Annual report of the Punjab Veterinary College and of the Civil Veterinary Department, Punjab - 1894-1908
Year: 1894
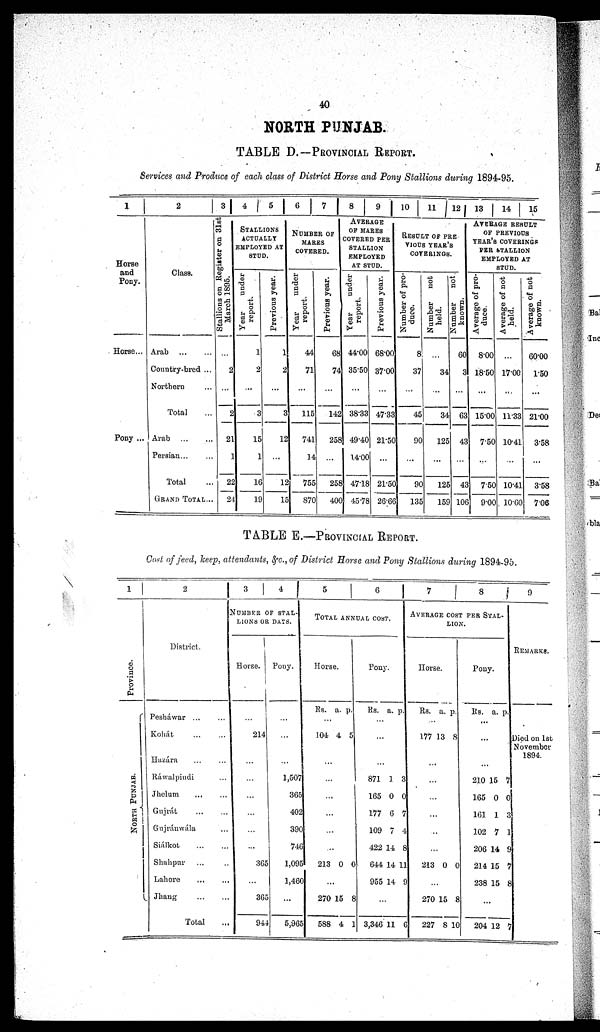
40
NORTH PUNJAB.
TABLE D.—PROVINCIAL REPORT.
Services and Produce of each class of District Horse and Pony Stallions during 1894-95.
1
Horse
and
Pony.
Horse...
Pony ...
2
Class.
Arab
...
...
Country-bred ...
Northern ...
Total ...
Arab ... ...
Persian ... ...
Total ...
GRAND TOTAL ...
3
Stallions on Register on 31st
March 1895.
...
2
...
2
21
1
22
24
4 5
STALLIONS
ACTUALLY
EMPLOYED AT
STUD.
Year
under
report.
1
2
...
3
15
1
16
19
Previous year.
1
2
...
3
12
...
12
15
6 7
NUMBER OF
MARES
COVERED.
Year
under
report.
44
71
...
115
741
14
755
870
Previous year.
68
74
...
142
258
...
258
400
8
9
AVERAGE
OF MARES
COVERED PER
STALLION
EMPLOYED
AT STUD.
Year
under
report.
44.00
35.50
...
38.33
49.40
14.00
47.18
45.78
Previous year.
68.00
37.00
...
47.33
21.50
...
21.50
26.66
10
11 12
RESULT OF PER
VIOUS YEAR'S
COVERINGS.
Number of pro-
duce.
8
37
...
45
90
...
90
135
Number
not
held.
...
34
...
34
125
...
125
159
Number
not
known.
60
3
...
63
43
...
43
106
13
14
15
AVERAGE RESULT
OF PREVIOUS
YEAR'S COVERINGS
PER STALLION
EMPLOYED AT
STUD.
Average of pro-
duce.
8.00
18.50
...
15.00
7.50
...
7.50
9.00
Average of not
held.
...
17.00
...
11.33
10.41
...
10.41
10.60
Average of not
known.
60.00
1.50
...
21.00
3.58
...
3.58
7.06
TABLE E.—PROVINCIAL REPORT.
Cost of feed, keep, attendants, &c., of District Horse and Pony Stallions during 1894-95.
1
Province.
NORTH PUNJ AB.
2.
District.
Peshawar ... ...
Kohát
...
...
Hazára ... ...
Rawalpindi ...
Jhelum
...
...
Gujrát
...
...
Gnjránwála ...
Siálkot
...
...
Shahpur ... ...
Lahore
Jhang ... ...
Total
3
4
NUNBER OF STAL-
LIONS OR DAYS.
Horse.
...
214
...
...
...
...
...
...
365
...
365
944
Pony.
...
...
...
1,507
365
402
390
746
1,095
1,460
...
5,965
5
6
TOTAL ANNUAL COST.
Horse.
Rs. a. p.
...
104 4 5
...
...
...
...
...
...
213 0 0
...
270
588
15
4
8
1
Pony.
Rs. a. p.
...
...
...
871
165
177
109
422
644
955
1
0
6
7
14
14
14
3
0
7
4
8
11
9
...
3,346 11
6
7
8
AVERAGE COST PER STAL-
LION.
Horse.
Rs. a. p.
...
177 13 8
...
...
...
...
...
...
213 0 0
...
270
227
15
8
8
10
Pony.
Rs. a. p.
...
...
...
210
165
161
102
206
214
238
15
0
1
7
14
15
15
7
0
3
1
9
7
8
...
204 12
7
9
REMARKS.
Died on 1st
November
1894.